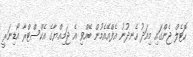
ހޮޓެލް ޖެންގައި މިއަދު ހެނދުނު އެފްއޭއެމުން ބޭއްވި އެ ޖަމިއްޔާގެ އެކްސްޓްރާ އޯޑިނަރީ